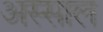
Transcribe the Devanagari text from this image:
अस्साल